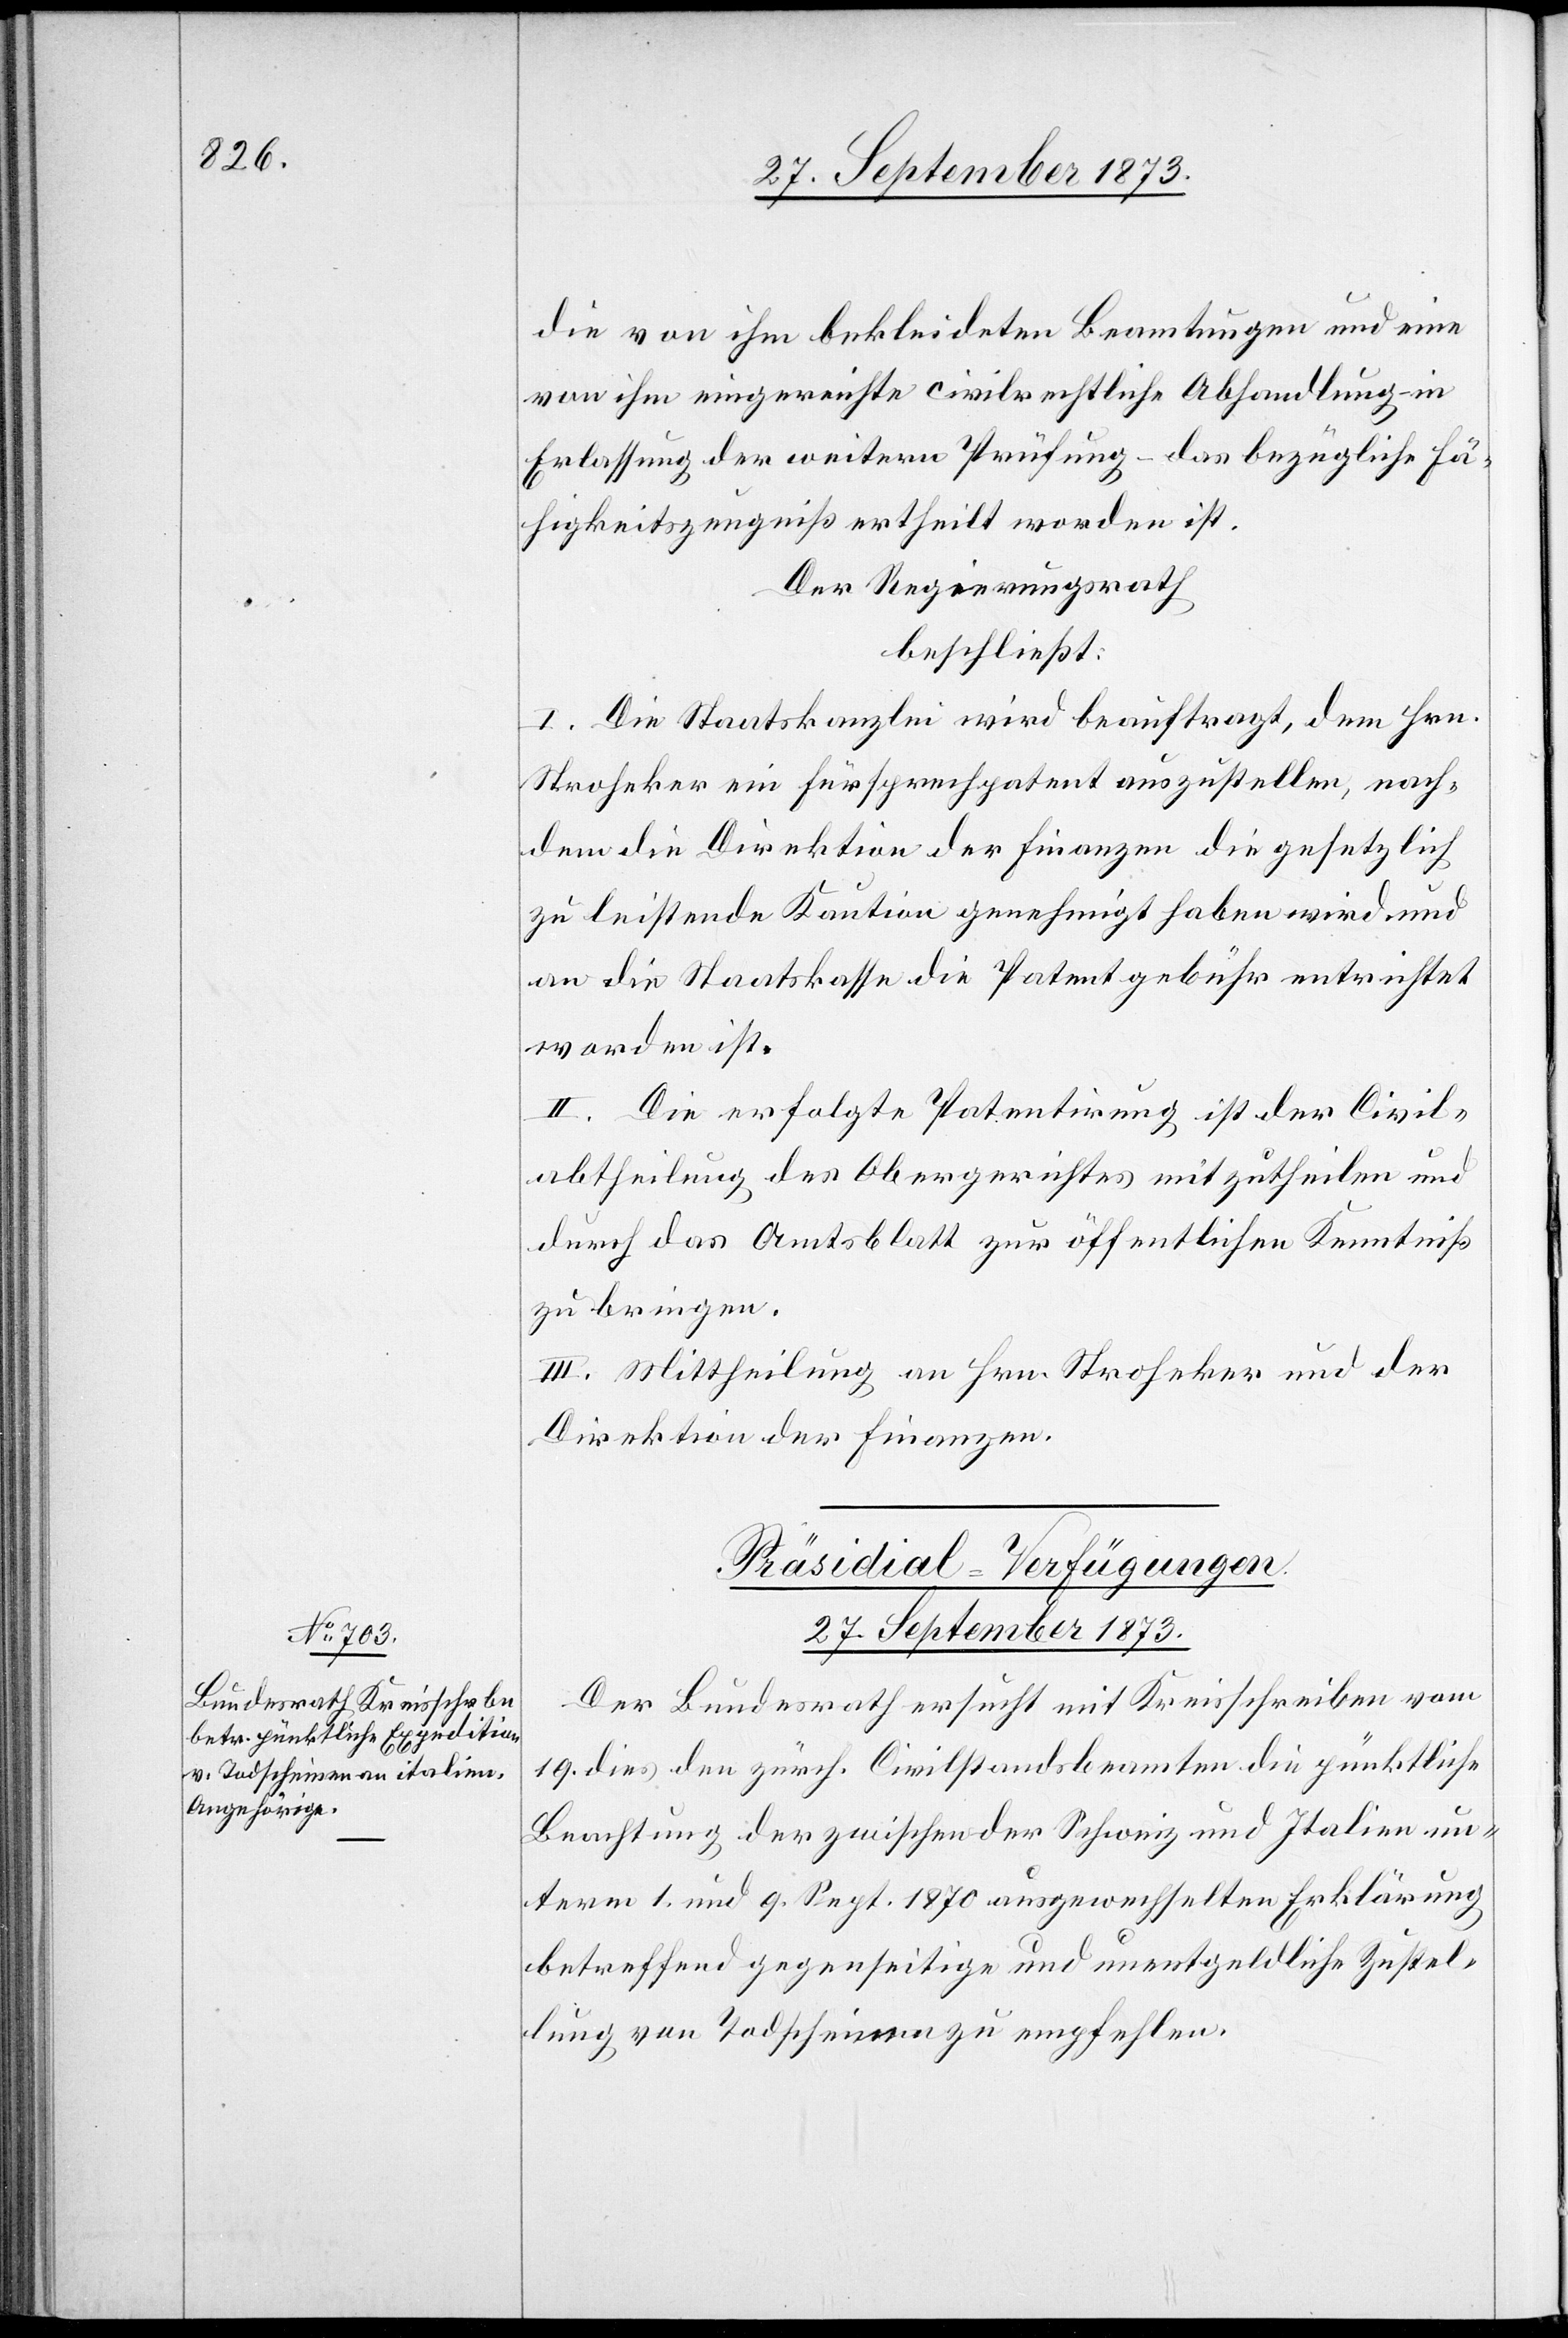
die von ihm bekleideten Beamtungen und eine
von ihm eingereichte civilrechtliche Abhandlung – in
Erlassung der weitern Prüfung – das bezügliche Fä¬
higkeitszeugniß ertheilt worden ist.
Der Regierungsrath
beschließt:
I. Die Staatskanzlei wird beauftragt, dem Hrn.
Stroheker [sic!] ein Fürsprechpatent auszustellen, nach¬
dem die Direktion der Finanzen die gesetzlich
zu leistende Kaution genehmigt haben wird und
an die Staatskasse die Patentgebühr entrichtet
worden ist.
II. Die erfolgte Patentirung ist der Civil¬
abtheilung des Obergerichtes mitzutheilen und
durch das Amtsblatt zur öffentlichen Kenntniß
zu bringen.
III. Mittheilung an Hrn. Stroheker und der
Direktion der Finanzen.
Präsidial-Verfügungen.
27. September 1873.
Der Bundesrath ersucht mit Kreisschreiben vom
19. dies den zürch. Civilstandsbeamten die pünktliche
Beachtung der zwischen der Schweiz und Italien un¬
term 1. und 9. Sept. 1870 ausgewechselten Erklärung
betreffend gegenseitige und unentgeldliche Zustel¬
lung von Todscheinen zu empfehlen.